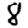
Digit: 8